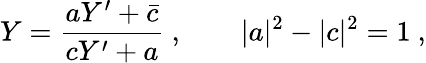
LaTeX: Y={\frac{aY^{\prime}+\bar{c}}{cY^{\prime}+a}}\ ,\qquad|a|^{2}-|c|^{2}=1\ ,